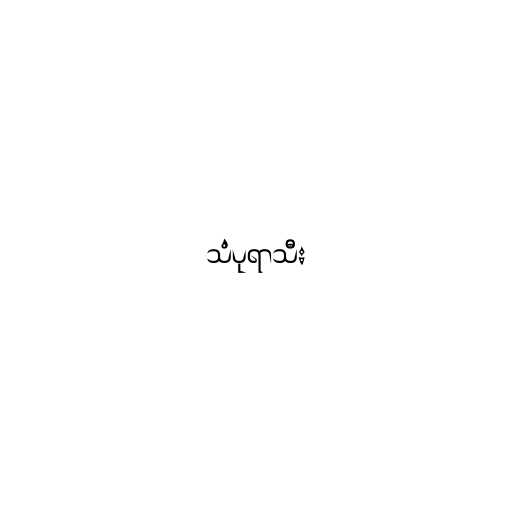
သံပုရာသီး